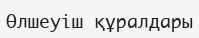
Өлшеуіш құралдары